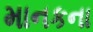
માનકના